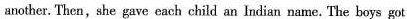
another. Then,she gave cach child an Indian name. The boys got